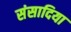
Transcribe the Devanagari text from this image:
संसादिया